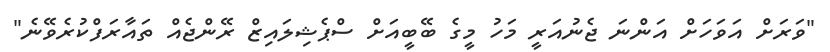
"ވަރަށް އަވަހަށް އަންނަ ޖެނުއަރީ މަހު މީގެ ބޭބީއަށް ސްޕެޝިލައިޒް ރޭންޖެއް ތައާރަފްކުރެވޭނެ"